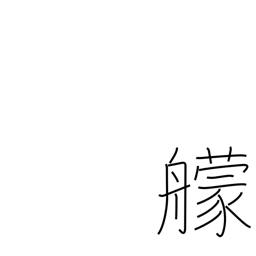
Meaning: fighting ship